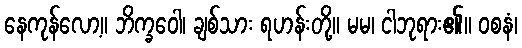
နေကုန်လော့။ ဘိက္ခဝေါ၊ ချစ်သား ရဟန်းတို့။ မမ၊ ငါဘုရား၏။ ဝစနံ၊